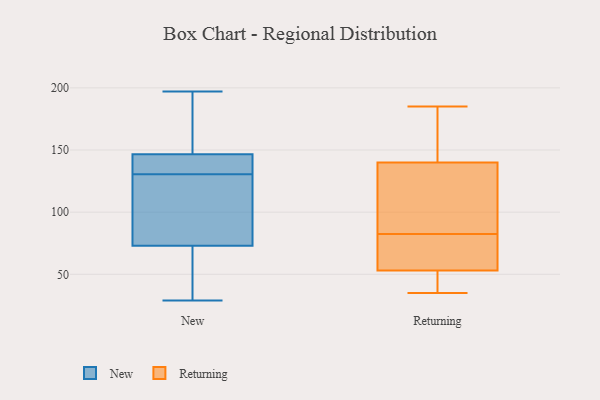
{"axis": {"x": "Gross Profit (USD K)", "y": "Value"}, "legend": ["New", "Returning"], "data": [{"x": "", "y": 75, "type": "New"}, {"x": "", "y": 29, "type": "New"}, {"x": "", "y": 55, "type": "New"}, {"x": "", "y": 134, "type": "New"}, {"x": "", "y": 197, "type": "New"}, {"x": "", "y": 163, "type": "New"}, {"x": "", "y": 143, "type": "New"}, {"x": "", "y": 149, "type": "New"}, {"x": "", "y": 71, "type": "New"}, {"x": "", "y": 144, "type": "New"}, {"x": "", "y": 127, "type": "New"}, {"x": "", "y": 77, "type": "New"}, {"x": "", "y": 80, "type": "Returning"}, {"x": "", "y": 48, "type": "Returning"}, {"x": "", "y": 166, "type": "Returning"}, {"x": "", "y": 85, "type": "Returning"}, {"x": "", "y": 53, "type": "Returning"}, {"x": "", "y": 140, "type": "Returning"}, {"x": "", "y": 79, "type": "Returning"}, {"x": "", "y": 89, "type": "Returning"}, {"x": "", "y": 185, "type": "Returning"}, {"x": "", "y": 35, "type": "Returning"}]}